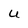
Character: u